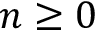
n \geq 0